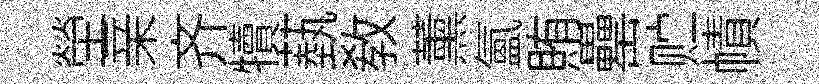
塋亲齐犢蓺教薰氳賄罍贮幘